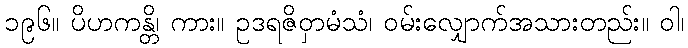
၁၉၆။ ပိဟကန္တိ၊ ကား။ ဥဒရဇိဝှာမံသံ၊ ဝမ်းလျှောက်အသားတည်း။ ဝါ၊